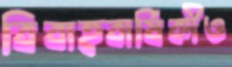
বিবাহবার্ষিকীও